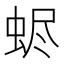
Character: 𧋅